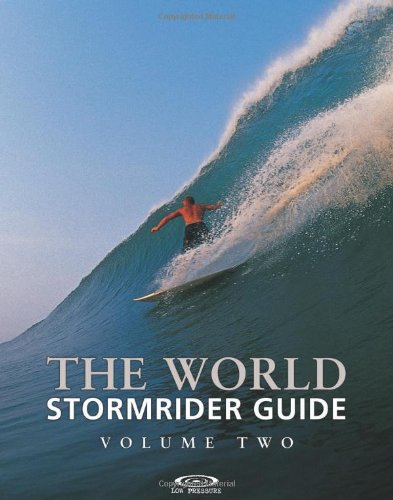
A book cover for The World Stormrider Guide Volume 2 (Stormrider Guides); Anthony Colas; Sports & Outdoors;